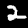
Digit: 2